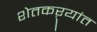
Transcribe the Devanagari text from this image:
शेतकऱ्यांत